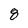
Character: 8